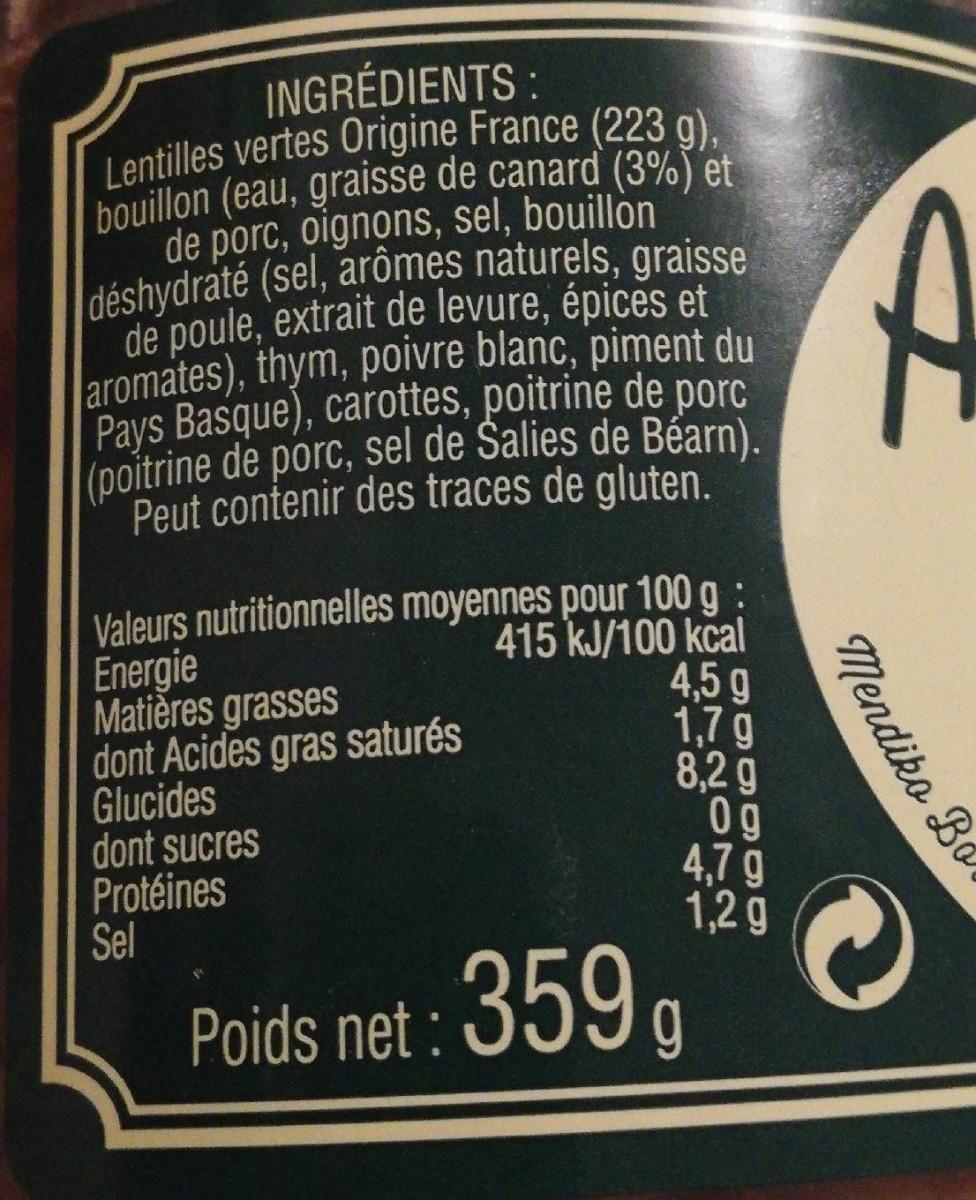
INGRÉDIENTS :
Lentilles vertes Origine France (223 g), bouillon (eau, graisse de canard (3%) et de porc, oignons, sel, bouillòn déshydraté (sel, arômes naturels, graisse
de poule, extrait de levure, épices et aromates), thym, poivre blanc, piment du Pays Basque), carottes, poitrine de porc (poitrine de porc, sel de Šalies de Béarn).
Peut contenir des traces de gluten.
Valeurs nutritionnelles moyennes pour 100 g : Energie Matières grasses dont Acides gras saturés Glucides dont sucres Protéines Sel
415 kJ/100 kcal 4,5g 1,7g 8,2 g 0g 4,7 g 1,2 g
Poids net : 359 a
Mendiko Bo